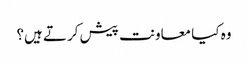
وہ کیا معاونت پیش کرتے ہیں؟